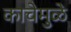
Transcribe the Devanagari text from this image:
काचेमुळे